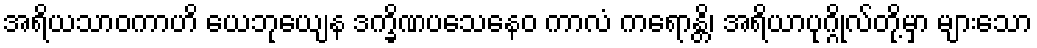
အရိယသာဝကာဟိ ယေဘုယျေန ဒက္ခိဏပသေနေဝ ကာလံ ကရောန္တိ၊ အရိယာပုဂ္ဂိုလ်တို့မှာ များသော